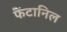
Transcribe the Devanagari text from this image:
फैंटानिल